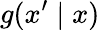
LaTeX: g(x^{\prime}\mid x)